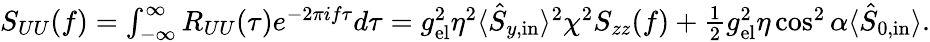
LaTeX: \begin{array}{r}{S_{UU}(f)=\int_{-\infty}^{\infty}R_{UU}(\tau)e^{-2\pi if\tau}d\tau=g_{\mathrm{el}}^{2}\eta^{2}\langle\hat{S}_{y,\mathrm{in}}\rangle^{2}\chi^{2}S_{zz}(f)+\frac{1}{2}g_{\mathrm{el}}^{2}\eta\cos^{2}\alpha\langle\hat{S}_{0,\mathrm{in}}\rangle.}\end{array}